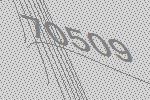
70509